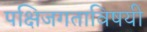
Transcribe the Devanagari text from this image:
पक्षिजगताविषयी